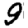
Digit: 9